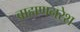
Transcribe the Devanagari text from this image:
ब्राह्मणनरेश